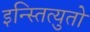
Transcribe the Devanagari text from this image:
इन्स्तित्युतो